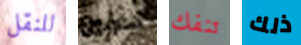
للنقل هاربين تنفك ذلك